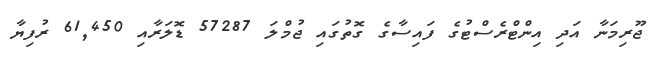
ޖޫރިމަނާ އަދި އިންޓްރެސްޓުގެ ފައިސާގެ ގޮތުގައި ޖުމްލަ 57287 ޑޮލަރާއި 61